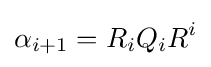
\alpha _{i+1}=R_{i}Q_{i}R^{i}